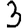
Digit: 3